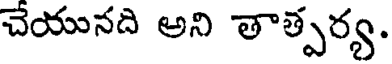
చేయునది అని తాత్పర్య.